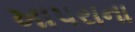
ખાપરાના